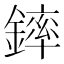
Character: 𨫏